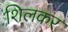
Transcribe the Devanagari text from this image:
शिलकर